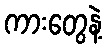
ကားတွေနဲ့